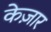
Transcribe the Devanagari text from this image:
केज़ार